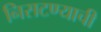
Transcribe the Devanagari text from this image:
निसटण्याची